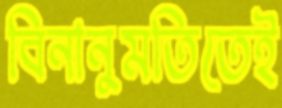
বিনানুমতিতেই